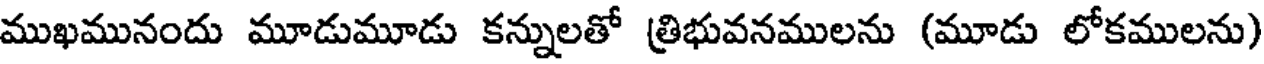
ముఖమునందు మూడుమూడు కన్నులతో త్రిభువనములను (మూడు లోకములను)